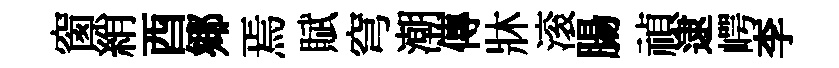
窗綃酉鄊焉賦穹潮傳牀滚腸禎逮崿李